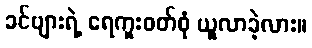
ခင်ဗျားရဲ့ ရေကူးဝတ်စုံ ယူလာခဲ့လား။